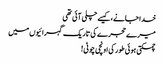
خدا جانے، کیسے چلی آئی تھی
میرے حجرے کی تاریک گہرائیوں میں
چمکتی ہوئی طور کی اونچی چوٹی!